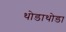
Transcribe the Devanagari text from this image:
थोडाथोडा